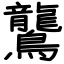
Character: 鸗